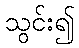
သွင်း၍